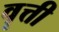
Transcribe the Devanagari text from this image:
वॄत्ती